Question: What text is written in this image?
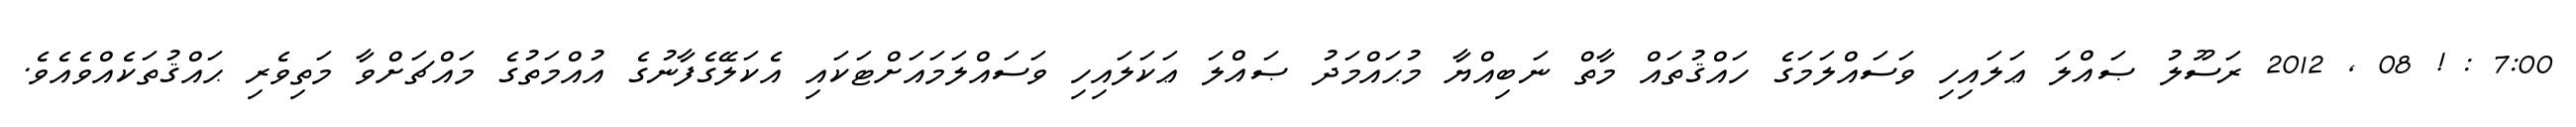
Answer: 7:00 : ! 08 , 2012 ރަސޫލު ޞައްލަ ޢަލައިހި ވަސައްލަމަގެ ހައްޤުތައް މާތް ނަބިއްޔާ މުޙައްމަދު ޞައްލަ ޢަކަލައިހި ވަސައްލަމައަށްޓަކައި އެކަލޭގެފާނުގެ އުއްމަތުގެ މައްޗަށްވާ މަތިވެރި ޙައްޤުތަކެއްވެއެވެ.